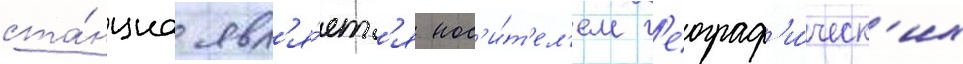
ста́нциа явл'я́етс'я нос'и́т'ел'ем г'еограф'и́ческ'их